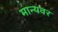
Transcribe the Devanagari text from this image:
मान्‍यवर